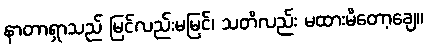
နာတာရှာသည် မြင်လည်းမမြင်၊ သတိလည်း မထားမိတော့ချေ။